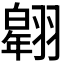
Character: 𦒌